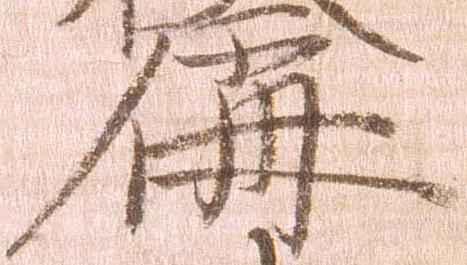
偁